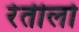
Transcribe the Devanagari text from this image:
रेतीलो